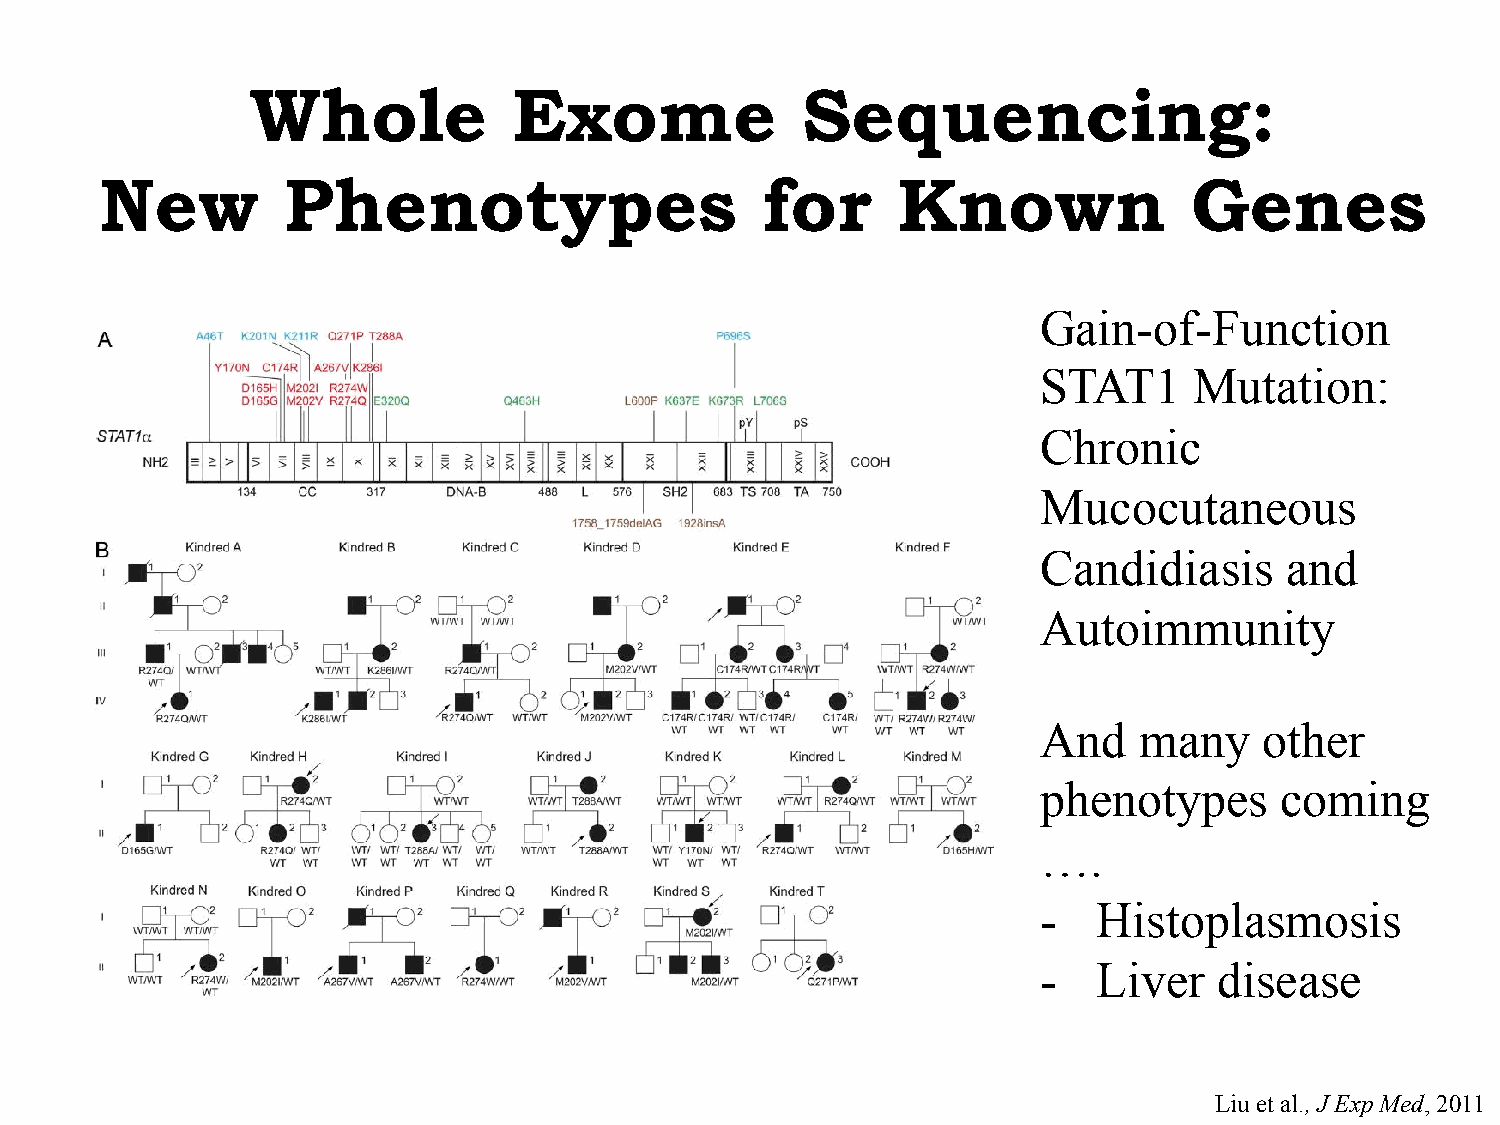
Whole            Exome              Sequencing:
 New         Phenotypes                     for      Known               Genes
 Gain-of-Function
 STAT1     Mutation:
 Chronic
 Mucocutaneous
 Candidiasis     and
 Autoimmunity
 And   many     other
 phenotypes      coming
 ….
 -   Histoplasmosis
 -   Liver   disease
 Liu et al., J Exp Med, 2011